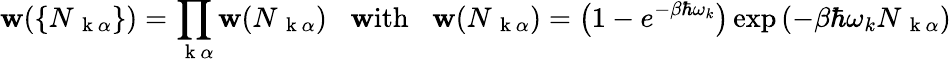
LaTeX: \mathbf{w}(\{ N_{\mathrm{{~\mathbf{~}k~}}\alpha}\} )=\prod_{\mathrm{{~\mathbf{~}k~}}\alpha}\mathbf{w}(N_{\mathrm{{~\mathbf{~}k~}}\alpha})\; \; \; \mathrm{{\mathbf{w}ith}}\; \; \; \mathbf{w}(N_{\mathrm{{~\mathbf{~}k~}}\alpha})=\left(1-e^{-\beta\hbar\omega_{k}}\right)\exp{(-\beta\hbar\omega_{k}N_{\mathrm{{~\mathbf{~}k~}}\alpha})}